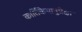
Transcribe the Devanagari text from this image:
कार्त्तिकेयानुप्रेक्षा